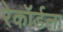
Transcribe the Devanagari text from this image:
रेकॉर्डला